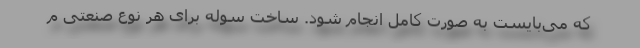
که می‌بایست به صورت کامل انجام شود. ساخت سوله برای هر نوع صنعتی م